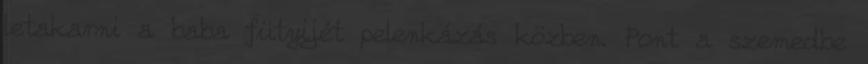
letakarni a baba fütyijét pelenkázás közben. Pont a szemedbe